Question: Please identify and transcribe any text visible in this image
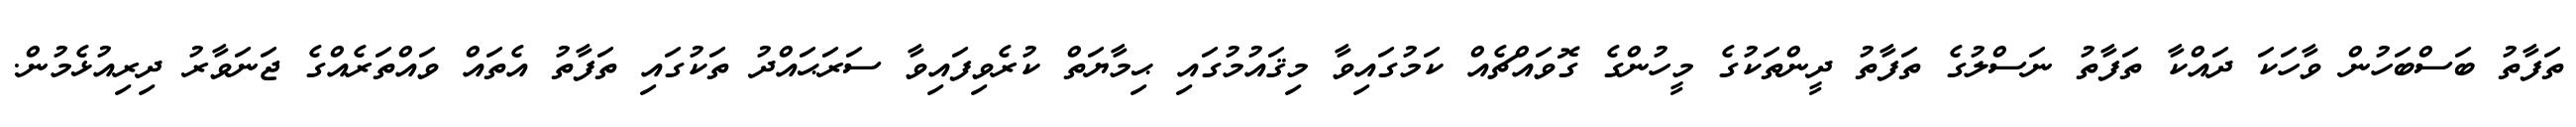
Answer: ތަފާތު ބަސްބަހުން ވާހަކަ ދައްކާ ތަފާތު ނަސްލުގެ ތަފާތު ދީންތަކުގެ މީހުންގެ ގޮވައްޗެއް ކަމުގައިވާ މިޤައުމުގައި ޙިމާޔަތް ކުރެވިފައިވާ ސަރަޙައްދު ތަކުގައި ތަފާތު އެތައް ވައްތަރެއްގެ ޖަނަވާރު ދިރިއުޅެމުން.